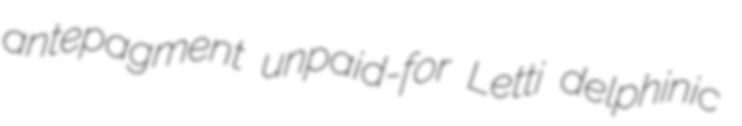
antepagment unpaid-for Letti delphinic